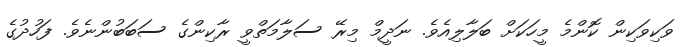
ވަކިވަކިން ކޮންމެ މީހަކަށް ބަލާލިއެވެ. ނަދީމް މިރޭ ސަލާމަތްވީ ރާކިންގެ ސަބަބުންނެވެ. ފަހުދުގެ